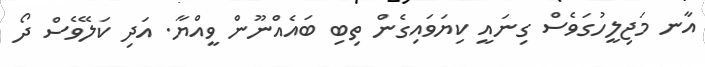
އާނ މަޖިލީހުގަވެސް ގިނައީ ކިޔަވައިގެން ތިބި ބައެއްނޫން ވީއްޔާ. އަދި ކަލޭވެސް ދޯ